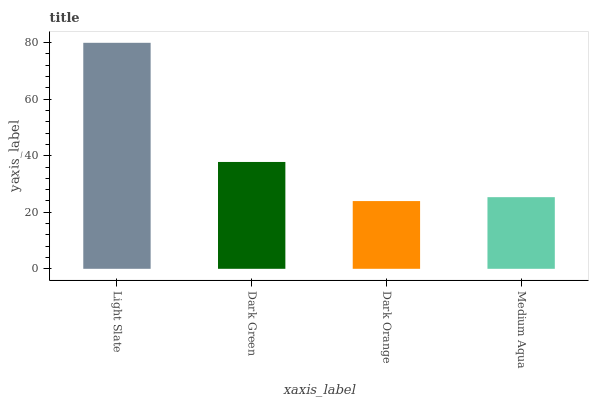
| xaxis_label | bars |
 | --- | --- |
 | Light Slate | 80 |
 | Dark Green | 37.8 |
 | Dark Orange | 24 |
 | Medium Aqua | 25.3 |